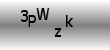
Text: 3pWzK